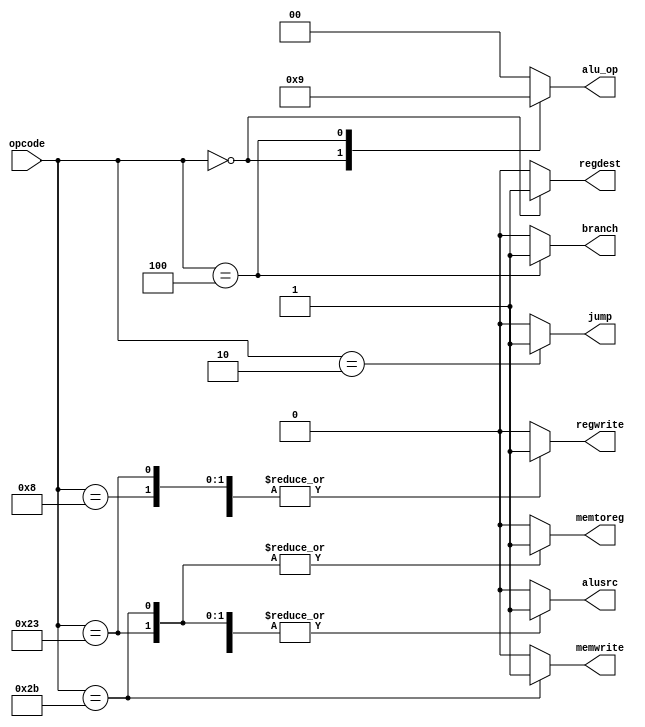
module main_decoder (opcode,alu_op,jump,memwrite,regwrite,regdest,alusrc,memtoreg,branch);
input[5:0] opcode;
output reg[1:0]alu_op;
output reg jump,memwrite,regwrite,regdest,alusrc,memtoreg,branch;
always @(*) begin
    case (opcode)
        6'b100011:begin
            alu_op = 2'b00;
            jump = 1'b0;
            memwrite = 1'b0;
            regwrite = 1'b1;
            regdest = 1'b0;
            alusrc = 1'b1;
            memtoreg = 1'b1;
            branch = 1'b0;  
        end 
         6'b101011:begin
            alu_op = 2'b00;
            jump = 1'b0;
            memwrite = 1'b1;
            regwrite = 1'b0;
            regdest = 1'b0;
            alusrc = 1'b1;
            memtoreg = 1'b1;
            branch = 1'b0;  
        end
            6'b000000:begin
            alu_op = 2'b10;
            jump = 1'b0;
            memwrite = 1'b0;
            regwrite = 1'b1;
            regdest = 1'b1;
            alusrc = 1'b0;
            memtoreg = 1'b0;
            branch = 1'b0;  
        end
             6'b001000:begin
            alu_op = 2'b00;
            jump = 1'b0;
            memwrite = 1'b0;
            regwrite = 1'b1;
            regdest = 1'b0;
            alusrc = 1'b1;
            memtoreg = 1'b0;
            branch = 1'b0;  
        end
            6'b000100:begin
            alu_op = 2'b01;
            jump = 1'b0;
            memwrite = 1'b0;
            regwrite = 1'b0;
            regdest = 1'b0;
            alusrc = 1'b0;
            memtoreg = 1'b0;
            branch = 1'b1;  
        end
             6'b000010:begin
            alu_op = 2'b00;
            jump = 1'b1;
            memwrite = 1'b0;
            regwrite = 1'b0;
            regdest = 1'b0;
            alusrc = 1'b0;
            memtoreg = 1'b0;
            branch = 1'b0;  
        end
        default:begin
            alu_op = 2'b00;
            jump = 1'b0;
            memwrite = 1'b0;
            regwrite = 1'b0;
            regdest = 1'b0;
            alusrc = 1'b0;
            memtoreg = 1'b0;
            branch = 1'b0;  
        end
    endcase
end
    endmodule